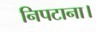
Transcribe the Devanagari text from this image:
निपटाना।